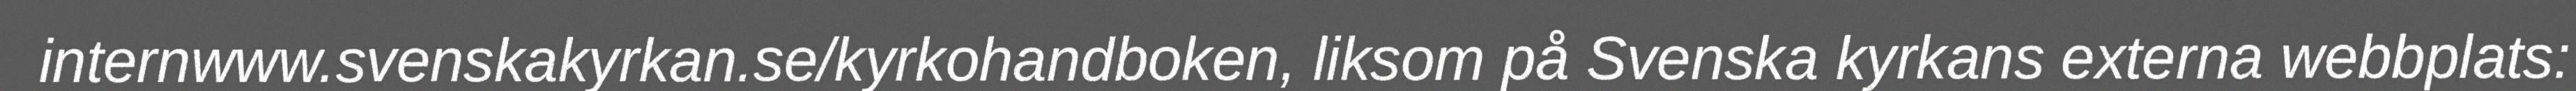
internwww.svenskakyrkan.se/kyrkohandboken, liksom på Svenska kyrkans externa webbplats: